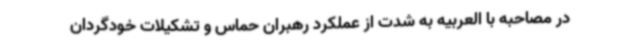
در مصاحبه با العربیه به شدت از عملکرد رهبران حماس و تشکیلات خودگردان